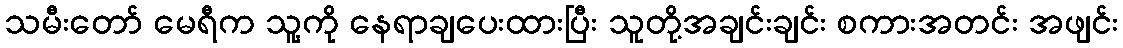
သမီးတော် မေရီက သူ့ကို နေရာချပေးထားပြီး သူတို့အချင်းချင်း စကားအတင်း အဖျင်း